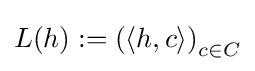
L(h):=\left(\langle h,c\rangle \right)_{c\in C}